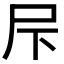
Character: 𱚲